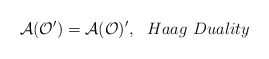
\begin{align*}\mathcal{A}(\mathcal{O}^{\prime })=\mathcal{A}(\mathcal{O})^{\prime},\,\,\,\,Haag\,\,Duality\end{align*}